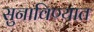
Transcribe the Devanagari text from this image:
सुनाविण्यात